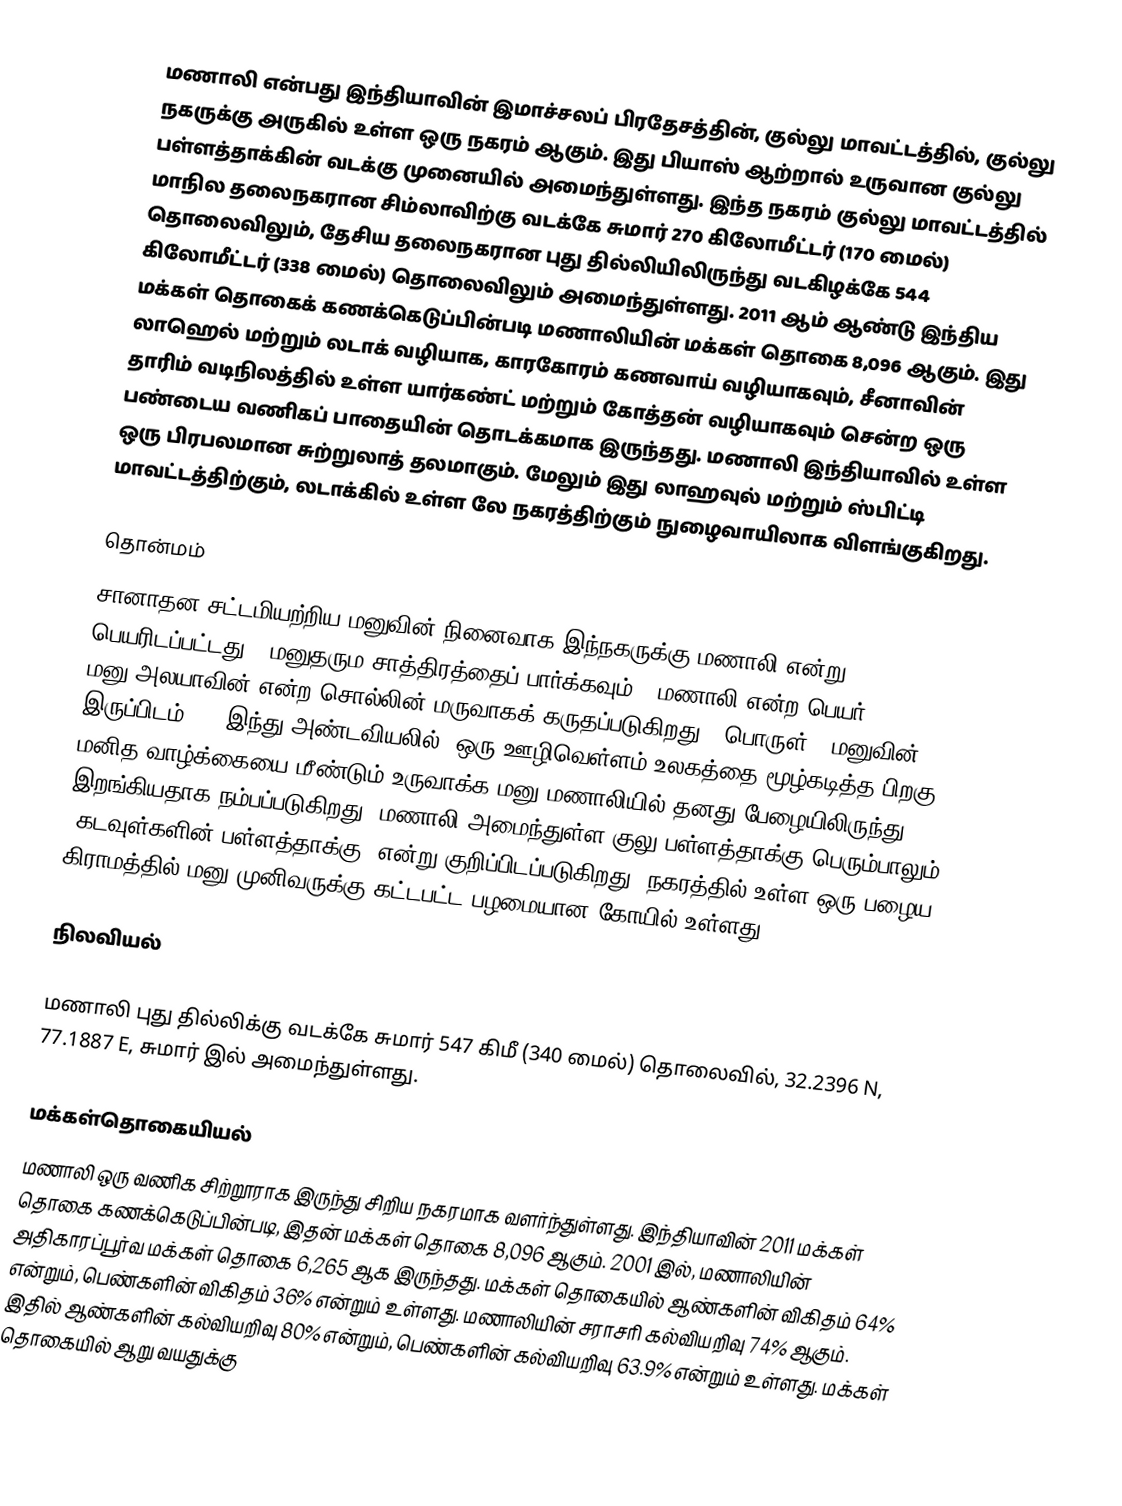
மணாலி என்பது இந்தியாவின் இமாச்சலப் பிரதேசத்தின், குல்லு மாவட்டத்தில், குல்லு நகருக்கு அருகில் உள்ள ஒரு நகரம் ஆகும்.  இது பியாஸ் ஆற்றால்  உருவான குல்லு பள்ளத்தாக்கின் வடக்கு முனையில் அமைந்துள்ளது. இந்த நகரம் குல்லு மாவட்டத்தில் மாநில தலைநகரான சிம்லாவிற்கு வடக்கே சுமார் 270 கிலோமீட்டர் (170 மைல்) தொலைவிலும், தேசிய தலைநகரான  புது தில்லியிலிருந்து வடகிழக்கே 544 கிலோமீட்டர் (338 மைல்) தொலைவிலும் அமைந்துள்ளது. 2011 ஆம் ஆண்டு இந்திய மக்கள் தொகைக் கணக்கெடுப்பின்படி மணாலியின் மக்கள் தொகை 8,096 ஆகும். இது லாஹெல் மற்றும் லடாக் வழியாக, காரகோரம் கணவாய் வழியாகவும், சீனாவின் தாரிம் வடிநிலத்தில் உள்ள யார்கண்ட் மற்றும் கோத்தன் வழியாகவும் சென்ற ஒரு பண்டைய வணிகப் பாதையின் தொடக்கமாக இருந்தது. மணாலி இந்தியாவில் உள்ள ஒரு பிரபலமான சுற்றுலாத் தலமாகும். மேலும் இது லாஹவுல் மற்றும் ஸ்பிட்டி மாவட்டத்திற்கும், லடாக்கில் உள்ள லே நகரத்திற்கும் நுழைவாயிலாக விளங்குகிறது.

தொன்மம்
சானாதன சட்டமியற்றிய மனுவின் நினைவாக இந்நகருக்கு மணாலி என்று பெயரிடப்பட்டது ( மனுதரும சாத்திரத்தைப் பார்க்கவும்). மணாலி என்ற பெயர் மனு-அலயாவின் என்ற சொல்லின் மருவாகக் கருதப்படுகிறது ( பொருள். 'மனுவின் இருப்பிடம்' ). இந்து அண்டவியலில், ஒரு ஊழிவெள்ளம் உலகத்தை மூழ்கடித்த பிறகு மனித வாழ்க்கையை மீண்டும் உருவாக்க மனு மணாலியில் தனது பேழையிலிருந்து இறங்கியதாக நம்பப்படுகிறது. மணாலி அமைந்துள்ள குலு பள்ளத்தாக்கு பெரும்பாலும் "கடவுள்களின் பள்ளத்தாக்கு" என்று குறிப்பிடப்படுகிறது. நகரத்தில் உள்ள ஒரு பழைய கிராமத்தில் மனு முனிவருக்கு கட்டபட்ட பழமையான கோயில் உள்ளது.

நிலவியல்

மணாலி புது தில்லிக்கு வடக்கே சுமார் 547 கிமீ (340 மைல்) தொலைவில், 32.2396 N, 77.1887 E, சுமார்  இல் அமைந்துள்ளது.

மக்கள்தொகையியல்
மணாலி ஒரு வணிக சிற்றூராக  இருந்து சிறிய நகரமாக வளர்ந்துள்ளது. இந்தியாவின் 2011 மக்கள் தொகை கணக்கெடுப்பின்படி, இதன் மக்கள் தொகை 8,096 ஆகும். 2001 இல், மணாலியின் அதிகாரப்பூர்வ மக்கள் தொகை 6,265 ஆக இருந்தது. மக்கள் தொகையில் ஆண்களின் விகிதம் 64% என்றும்,  பெண்களின் விகிதம் 36% என்றும் உள்ளது. மணாலியின் சராசரி கல்வியறிவு 74% ஆகும். இதில் ஆண்களின் கல்வியறிவு 80% என்றும், பெண்களின் கல்வியறிவு 63.9% என்றும் உள்ளது. மக்கள் தொகையில்  ஆறு வயதுக்கு